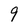
Character: 9